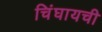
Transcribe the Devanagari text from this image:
चिंघायची